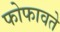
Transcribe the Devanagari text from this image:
फोफावते